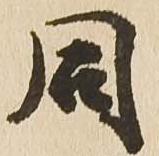
同